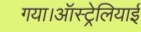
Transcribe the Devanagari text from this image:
गया।ऑस्ट्रेलियाई